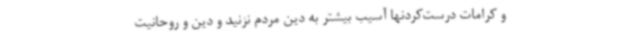
و کرامات درست‌کردنها آسیب بیشتر به دین مردم نزنید و دین و روحانیت